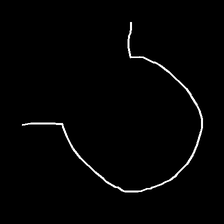
Glyph: weave